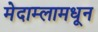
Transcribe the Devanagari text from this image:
मेदाम्लामधून